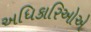
અધિકારિઓએ